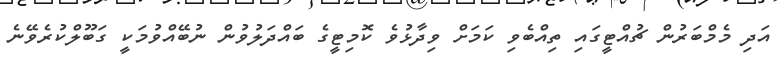
އަދި މެމްބަރުން ޗުއްޓީގައި ތިއްބެވި ކަމަށް ވިދާޅުވެ ކޮމިޓީގެ ބައްދަލުވުން ނުބޭއްވުމަކީ ގަބޫލްކުރެވޭނެ